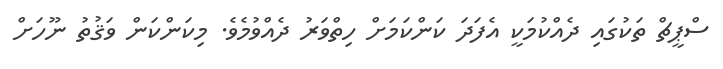
ސްޕީޗް ތަކުގައި ދެއްކުމަކީ އެފަދަ ކަންކަމަށް ހިތްވަރު ދެއްވުމެވެ. މިކަންކަން ވަޤުތު ނޫހަށް